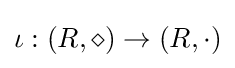
\iota :(R,\diamond )\to (R,\cdot )